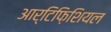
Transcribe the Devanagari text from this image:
आर्टिफ़िशियल